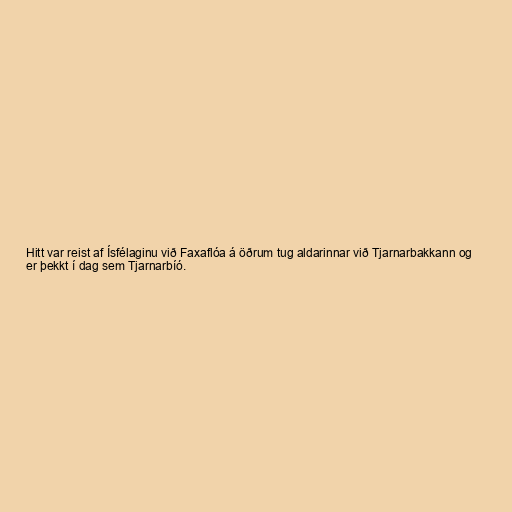
Hitt var reist af Ísfélaginu við Faxaflóa á öðrum tug aldarinnar við Tjarnarbakkann og
er þekkt í dag sem Tjarnarbíó.